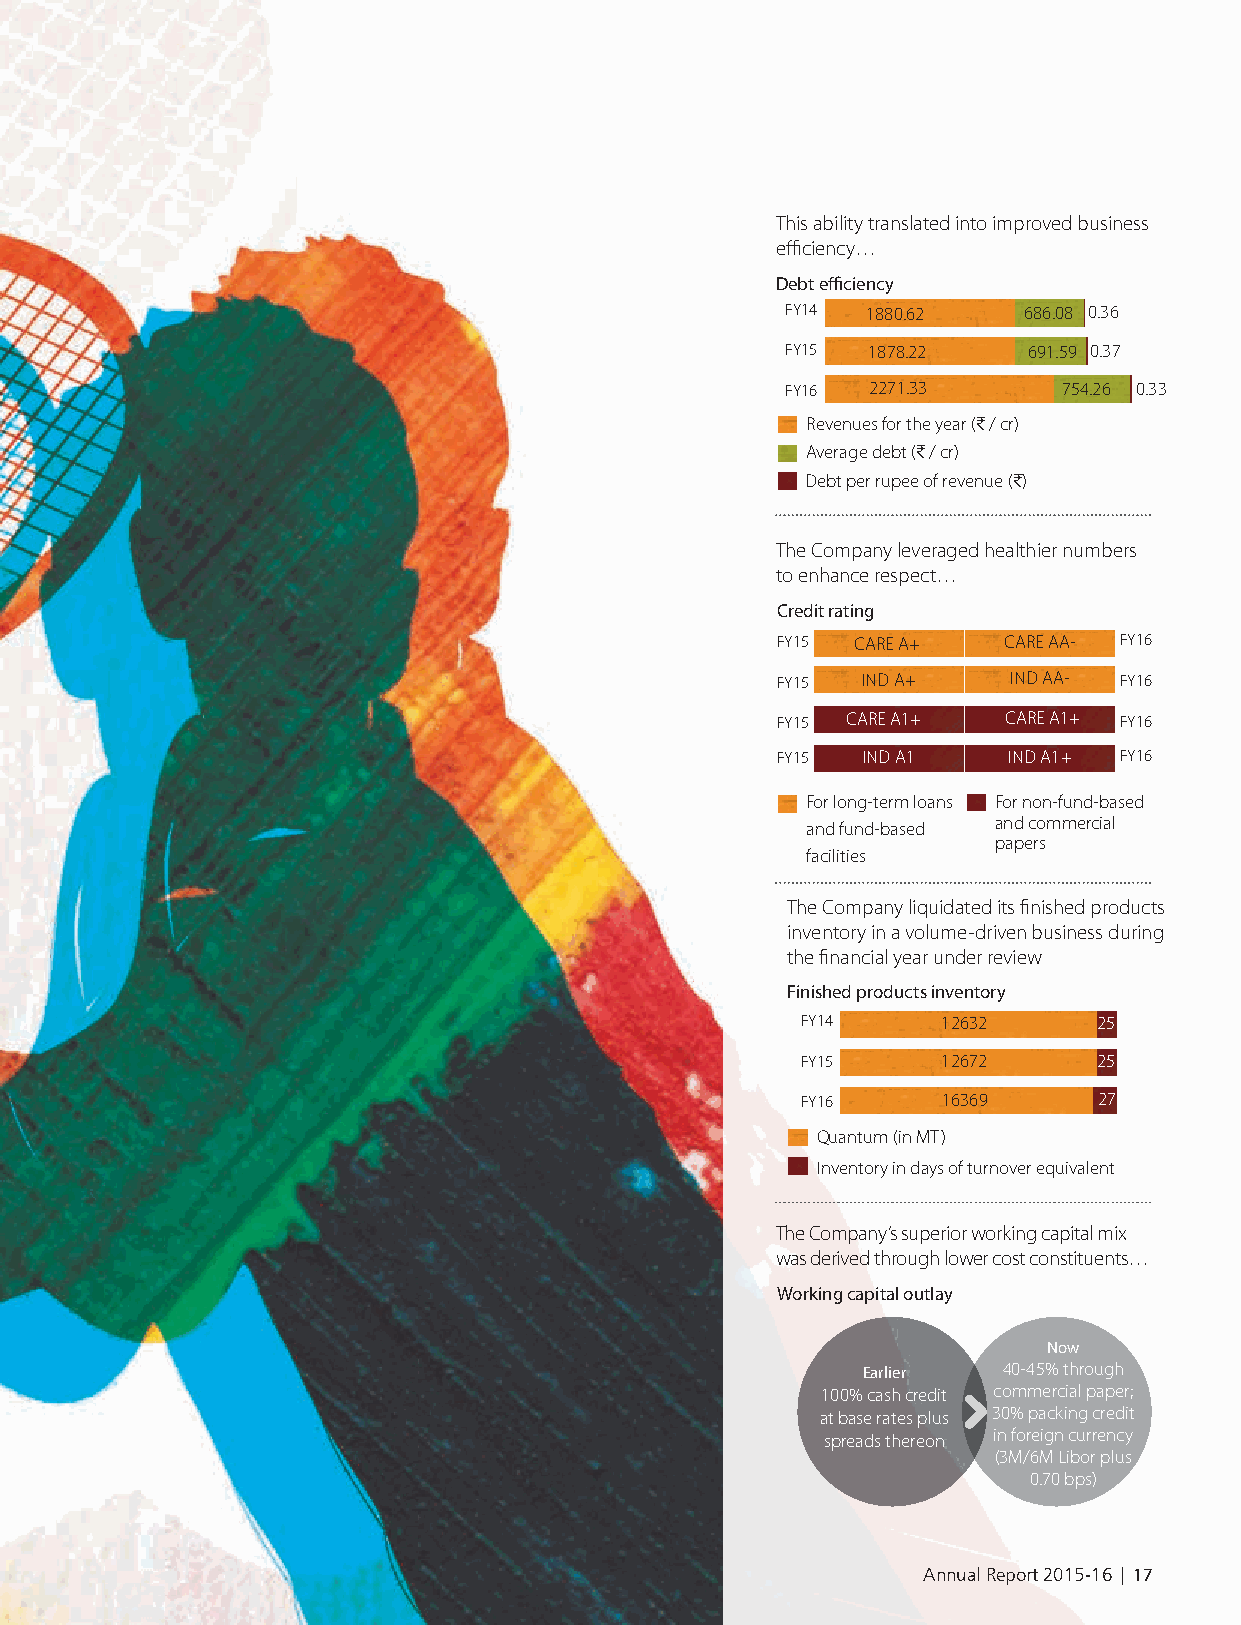
This ability translated into improved business
 efficiency…
 Debt efficiency
 FY14 1880.62    686.08 0.36
 FY15 1878.22    691.59 0.37
 FY16 2271.33      754.26 0.33
 Revenues for the year (C / cr)
 Average debt (C / cr)
 Debt per rupee of revenue (C)
 The Company leveraged healthier numbers
 to enhance respect…
 Credit rating
 FY15  CARE A+  CARE AA- FY16
 FY15  IND A+    IND AA- FY16
 FY15 CARE A1+   CARE A1+ FY16
 FY15  IND A1    IND A1+ FY16
 For long-term loans For non-fund-based
 and commercial
 and fund-based
 papers
 facilities
 The Company liquidated its finished products
 inventory in a volume-driven business during
 the financial year under review
 Finished products inventory
 FY14     12632      25
 FY15     12672      25
 FY16     16369      27
 Quantum (in MT)
 Inventory in days of turnover equivalent
 The Company’s superior working capital mix
 was derived through lower cost constituents…
 Working capital outlay
 Now
 Earlier  40-45% through
 100% cash credit commercial paper;
 at base rates plus 30% packing credit
 spreads thereon in foreign currency
 (3M/6M Libor plus
 0.70 bps)
 Annual Report 2015-16 | 17